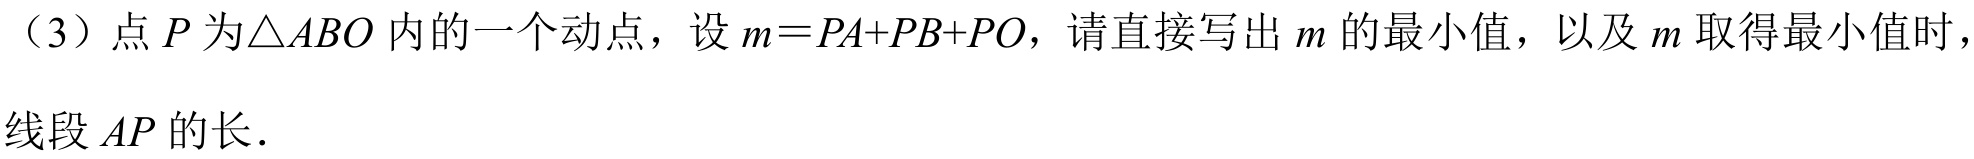
（3）点$P$为$\triangle ABO$内的一个动点，设$m = PA + PB+PO$，请直接写出$m$的最小值，以及$m$取得最小值时，
线段$AP$的长．